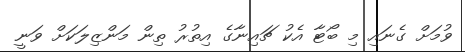
ވުމަށް ގެނައި މި ބޯޓާ އެކު ޗައިނާގެ އިތުރު ތިން މަންޒިލަކަށް ވަނީ